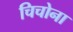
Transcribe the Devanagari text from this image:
चिचोना